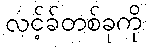
လင့်ခ်တစ်ခုကို